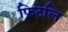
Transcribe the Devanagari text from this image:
फिटेलि